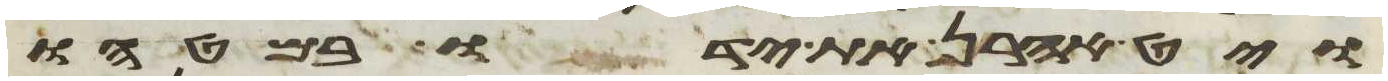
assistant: ויט אהרן את ידו במטהו